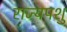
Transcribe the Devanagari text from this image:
राज्यपशु